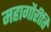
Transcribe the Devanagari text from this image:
महागौरीति